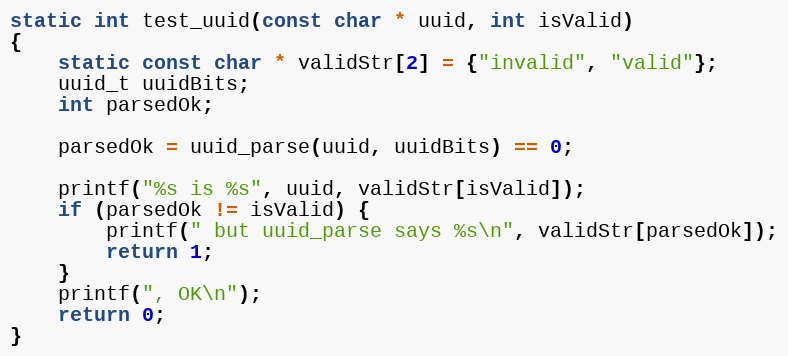
Language: C
static int test_uuid(const char * uuid, int isValid)
{
	static const char * validStr[2] = {"invalid", "valid"};
	uuid_t uuidBits;
	int parsedOk;

	parsedOk = uuid_parse(uuid, uuidBits) == 0;

	printf("%s is %s", uuid, validStr[isValid]);
	if (parsedOk != isValid) {
		printf(" but uuid_parse says %s\n", validStr[parsedOk]);
		return 1;
	}
	printf(", OK\n");
	return 0;
}